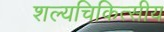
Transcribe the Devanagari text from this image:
शल्यचिकित्सीय